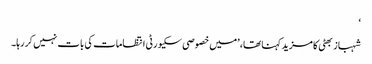
‘
شہباز بھٹی کا مزید کہنا تھا، ’میں خصوصی سکیورٹی انتظامات کی بات نہیں کر رہا۔